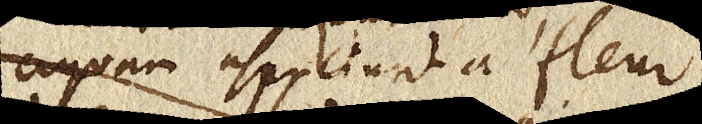
aquam aspiciunt à fleur